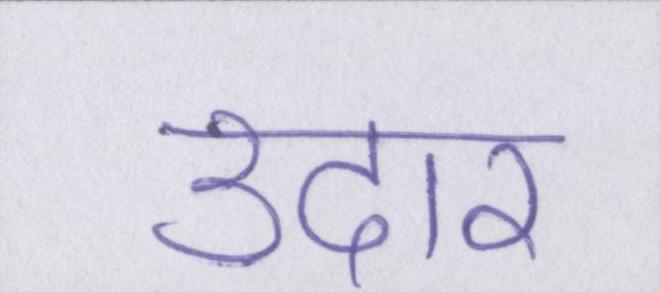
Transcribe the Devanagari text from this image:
उदार